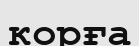
корға